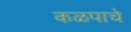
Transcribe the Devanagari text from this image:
कळपाचे